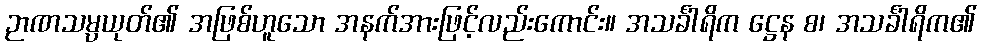
ဉာဏသမ္ပယုတ်၏ အဖြစ်ဟူသော အနက်အားဖြင့်လည်းကောင်း။ အသင်္ခါရိက ဋ္ဌေန စ၊ အသင်္ခါရိက၏